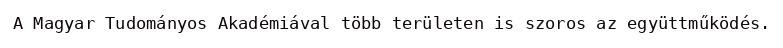
A Magyar Tudományos Akadémiával több területen is szoros az együttműködés.